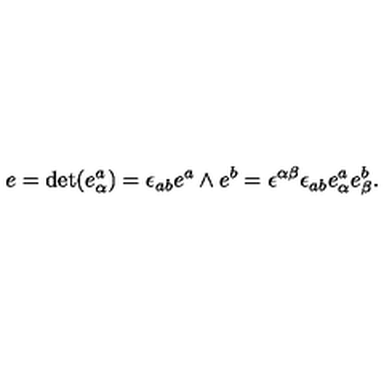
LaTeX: e = \mathrm { d e t } ( e _ { \alpha } ^ { a } ) = \epsilon _ { a b } e ^ { a } \wedge e ^ { b } = \epsilon ^ { \alpha \beta } \epsilon _ { a b } e _ { \alpha } ^ { a } e _ { \beta } ^ { b } .